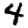
Digit: 4